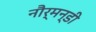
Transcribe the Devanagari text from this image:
नौर्मन्डी